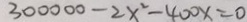
3 0 0 0 0 0 - 2 x ^ { 2 } - 4 0 0 x = 0